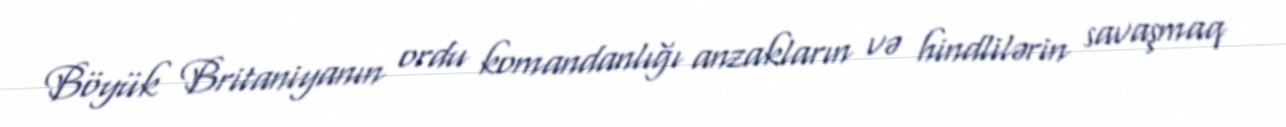
Böyük Britaniyanın ordu komandanlığı anzakların və hindlilərin savaşmaq